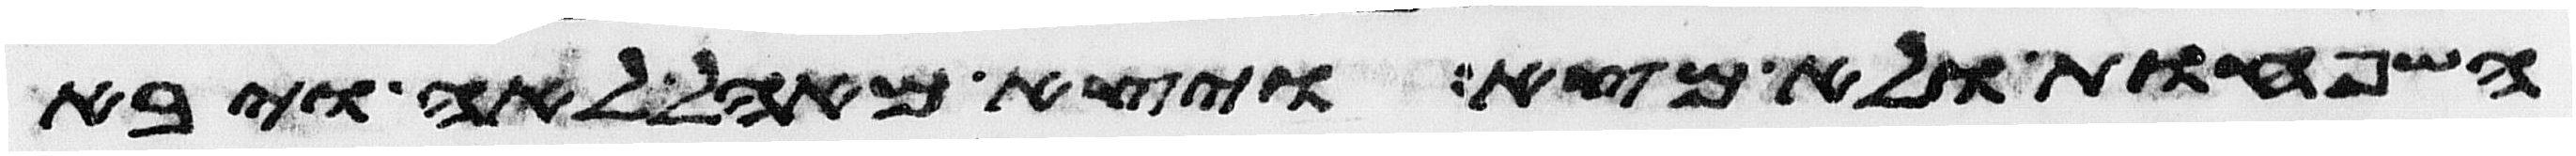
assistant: השפחות ולא מצא ויצא מאהל לאה ויבא